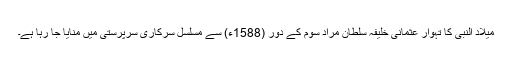
میلاد النبی کا تہوار عثمانی خلیفہ سلطان مراد سوم کے دور (1588ء) سے مسلسل سرکاری سرپرستی میں منایا جا رہا ہے۔